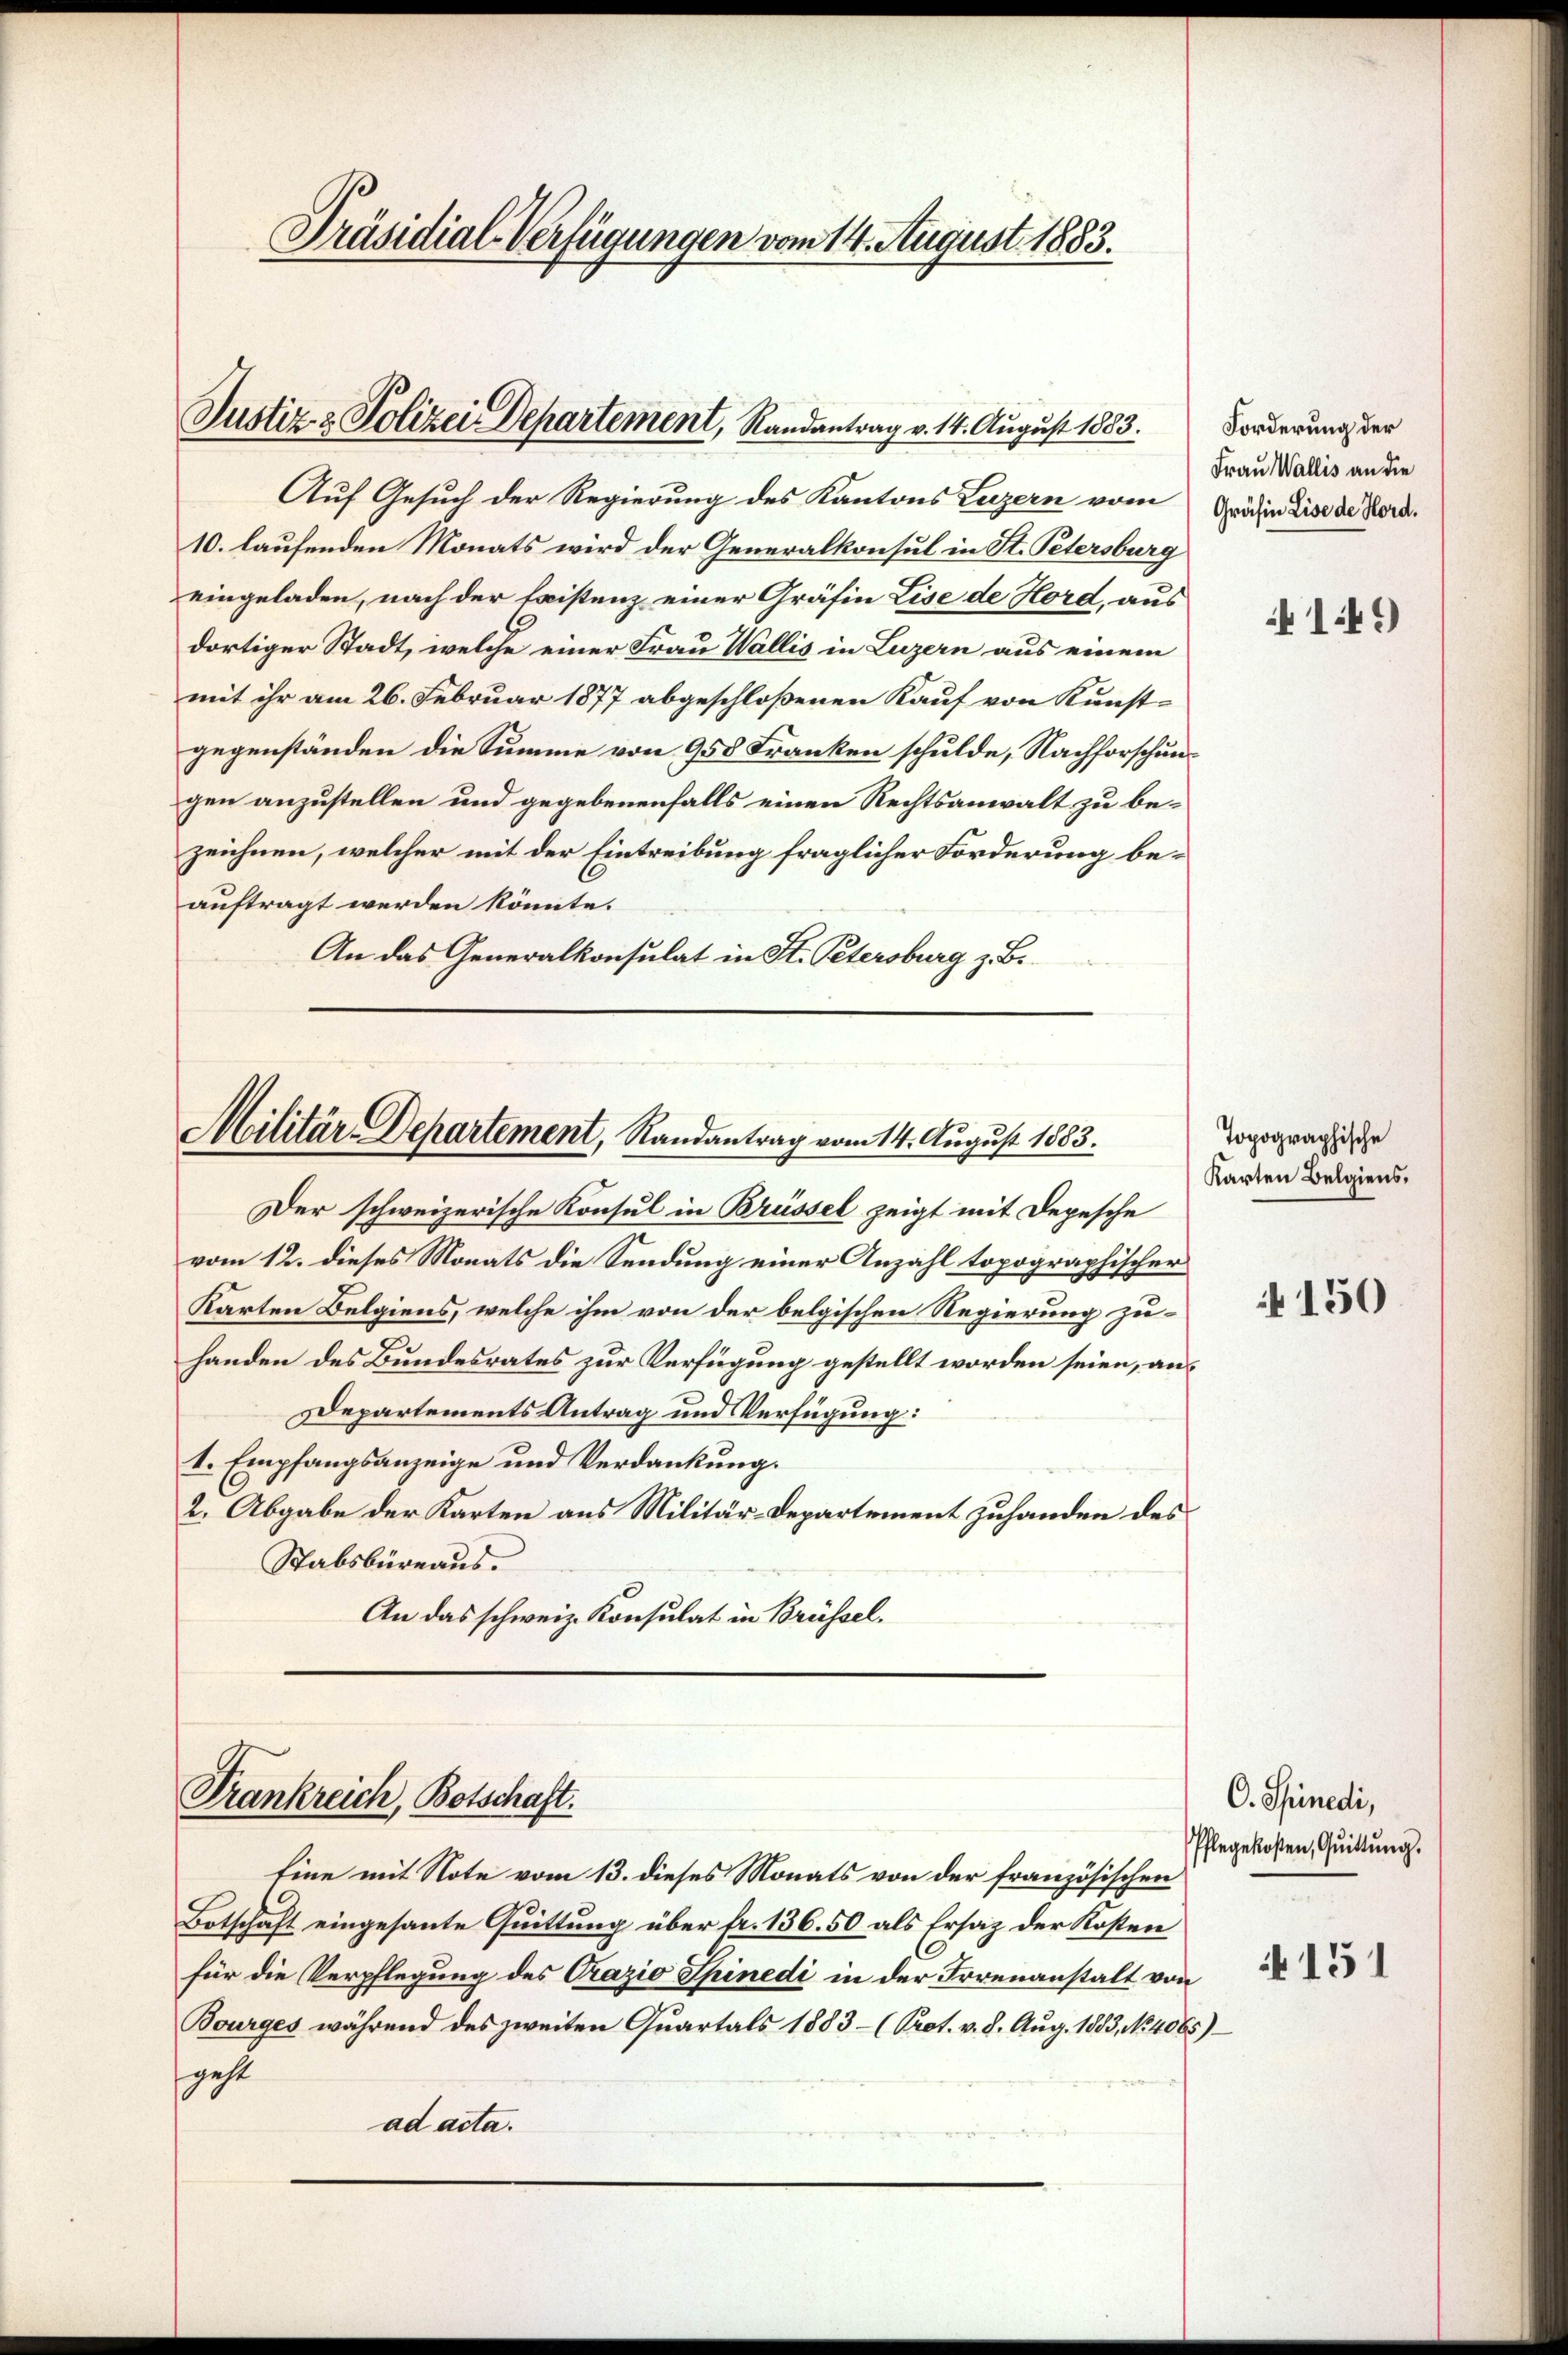
Präsidial-Verfügungen vom 14. August 1883.

Auf Gesuch der Regierung des Kantons Luzern vom Gräfin dise de Nord¬
10. laufenden Monats wird der Generalkonsul in St. Petersburg
eingeladen, nach der Existenz einer Gräfin Lise de Hord, aus
dortiger Stadt, welche einer Frau Wallis in Luzern aus einem
mit ihr am 26. Februar 1877 abgeschloßenen Kauf von Kunst-
gegenständen die Summe von 958 Franken schulde, Nachforschungen anzustellen und gegebenenfalls einen Rechtsanwalt zu bezeichnen, welcher mit der Eintreibung fraglicher Forderung beauftragt werden könnte.
An das Generalkonsulat in St. Petersburg z. B.

Justiz- & Polizei Departement, Randantrag v. 14. August 1883.

Militär-Departement, Randantrag vom 14. August 1883.

Der schweizerische Konsul in Brüssel zeigt mit Depesche
vom 12. dieses Monats die Sendung einer Anzahl topographischer
Karten Belgiens, welche ihm von der belgischen Regierung zu-
handen des Bundesrates zur Verfügung gestellt worden seien, an¬
Departements Antrag und Verfügung:
I. Empfangsanzeige und Verdankung.
2. Abgabe der Karten aus Militär-Departement zuhanden des
Stabsbüreaus.
An das schweiz. Konsulat in Brüssel.

Trankreich, Botschaft.

Eine mit Note vom 13. dieses Monats von der französischen
Botschaft eingesante Quittung über fr. 136. 50 als Ersatz der Kosten
für die Verpflegung des Crazio Spinedi in der Irrenanstalt von
Bourges während des zweiten Quartals 1883- (Prot. v. 8. Aug. 1883, No 4065)
geht
ad acta.

Forderung der
Frau Wallis an die

Topographische
Karten Belgiens,

C. Schinedi,
Pflegekosten, Quittung.

149

150

A 151